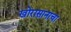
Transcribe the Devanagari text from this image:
खोरासानाचा